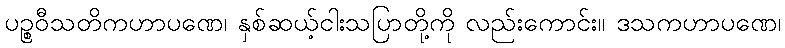
ပဉ္စဝီသတိကဟာပဏေ၊ နှစ်ဆယ့်ငါးသပြာတို့ကို လည်းကောင်း။ ဒသကဟာပဏေ၊